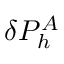
\delta P _ { h } ^ { A }